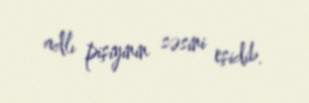
adlı pişiyinin səsini eşidib.